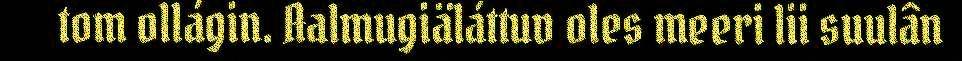
tom ollágin. Aalmugiäláttuv oles meeri lii suulân